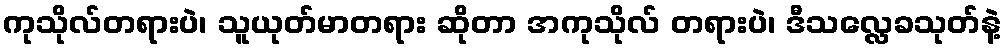
ကုသိုလ်တရားပဲ၊ သူယုတ်မာတရား ဆိုတာ အကုသိုလ် တရားပဲ၊ ဒီသလ္လေခသုတ်နဲ့